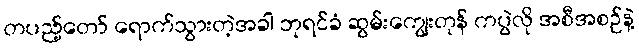
တပည့်တော် ရောက်သွားတဲ့အခါ ဘုရင်ခံ ဆွမ်းကျွေးတုန် ကပွဲလို အစီအစဉ်နဲ့